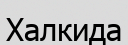
Халкида